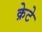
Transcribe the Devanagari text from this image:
क्रेटे